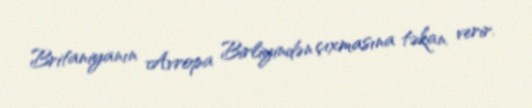
Britaniyanın Avropa Birliyindən çıxmasına təkan verir.